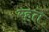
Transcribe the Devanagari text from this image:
रहतॆ